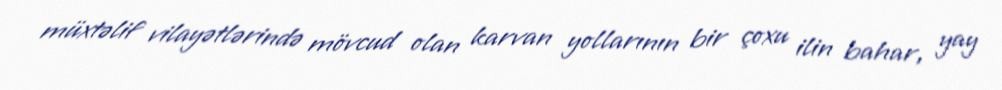
müxtəlif vilayətlərində mövcud olan karvan yollarının bir çoxu ilin bahar, yay